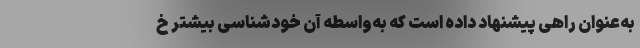
به‌عنوان راهی پیشنهاد داده است که به‌واسطهٔ آن خودشناسیِ بیشترِ خ